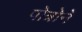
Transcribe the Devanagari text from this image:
पोत्रोने